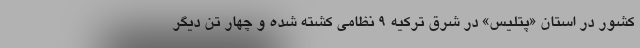
کشور در استان «پتلیس» در شرق ترکیه ۹ نظامی کشته شده و چهار تن دیگر